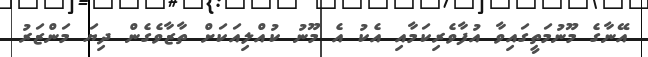
އޭނާގެ މޫނުމަތީގައިވާ އުފާވެރިކަމާއި އެކު އެ މޫނު ކުއްލިއަކަށް ތާޒާވެގެން ދިޔަ މަންޒަރު